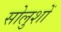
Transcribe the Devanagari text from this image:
सोलुशों